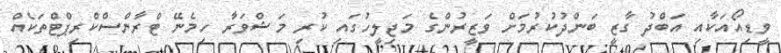
ވީޑިއޯއަކާއި އަބްދު ގާޒީ ބަންދުކުރުމަށް ވަޒީރުންގެ މަޖިލީހުގައި ކުރި މަޝްވަރާ ހިމެނޭ ޓްރާންސްކްރިޕްޓްތަކެއް